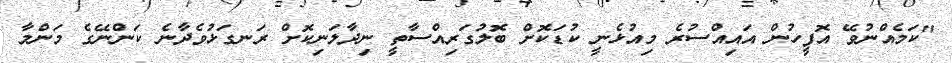
"ކަމެއްނުވޭ އޮފީހުން އައިއްސުރެ މިއުޅެނީ ކުޑަކޮށް ބޮލުގަރިއްސާތީ ނިދާލަނިކޮށް ރަނގަޅުވެދާނެ ކަންނޭގެ މަންމާ